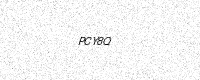
Text: PCY8Q